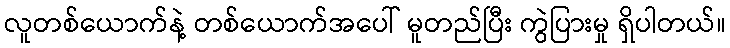
လူတစ်ယောက်နဲ့ တစ်ယောက်အပေါ် မူတည်ပြီး ကွဲပြားမှု ရှိပါတယ်။